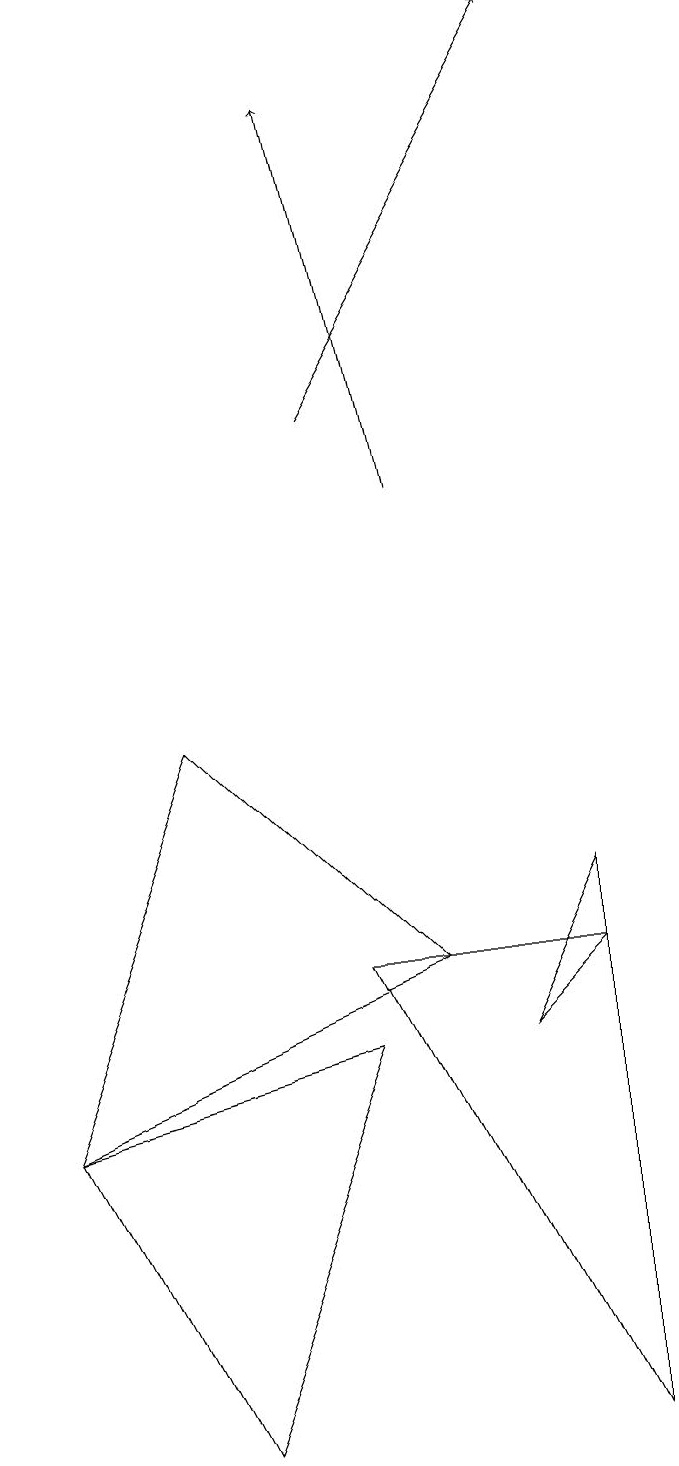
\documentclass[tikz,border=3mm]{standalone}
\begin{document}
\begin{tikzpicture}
\draw (9,0) -- (9,6) -- (6,6) -- cycle;
\draw (2,4) -- (6,5) -- (4,0) -- cycle;
\draw[->] (6,13) -- (9,18);
\draw[->] (7,12) -- (6,17);
\draw (2,4) -- (4,9) -- (7,6) -- cycle;
\draw (9,7) -- (9,6) -- (8,5) -- cycle;
\draw (10,11) circle (0);
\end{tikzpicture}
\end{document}